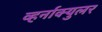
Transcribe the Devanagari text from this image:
व्हर्नाक्‍युलर